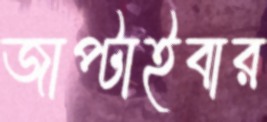
জাপ্‌টাইবার